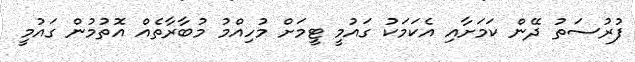
ފުރުސަތު ދޭން ކަމަށާއި އެކަމަކު ގައުމީ ޓީމަށް މުހިއްމު މުބާރާތެއް އޮތުމުން ގައުމީ